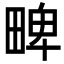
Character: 㽡